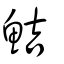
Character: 鮚